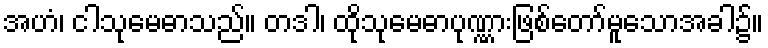
အဟံ၊ ငါသုမေဓာသည်။ တဒါ၊ ထိုသုမေဓာပုဏ္ဏားဖြစ်တော်မူသောအခါ၌။